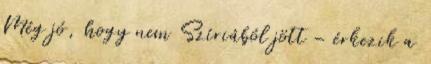
Még jó, hogy nem Szíriából jött – érkezik a